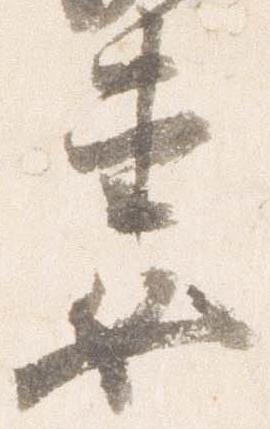
妻